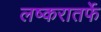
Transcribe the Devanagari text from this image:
लष्करातर्फे